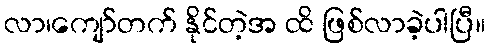
လာ၊ကျော်တက် နိုင်တဲ့အ ထိ ဖြစ်လာခဲ့ပါပြီ။